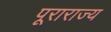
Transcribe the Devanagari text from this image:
पूराराज्य